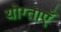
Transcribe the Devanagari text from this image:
योग्ताएँ